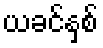
ယခင်နှစ်